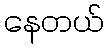
နေတယ်